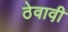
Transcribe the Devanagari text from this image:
ठेवावी़